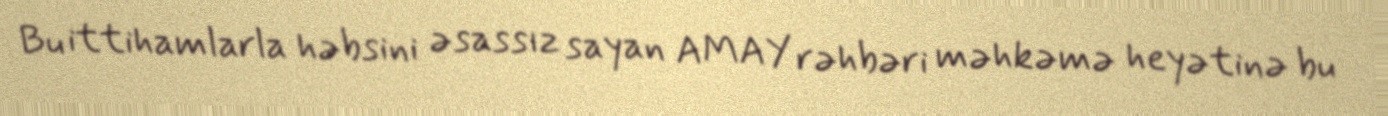
Bu ittihamlarla həbsini əsassız sayan AMAY rəhbəri məhkəmə heyətinə bu